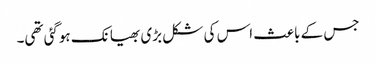
جس کے باعث اس کی شکل بڑی بھیانک ہوگئی تھی۔